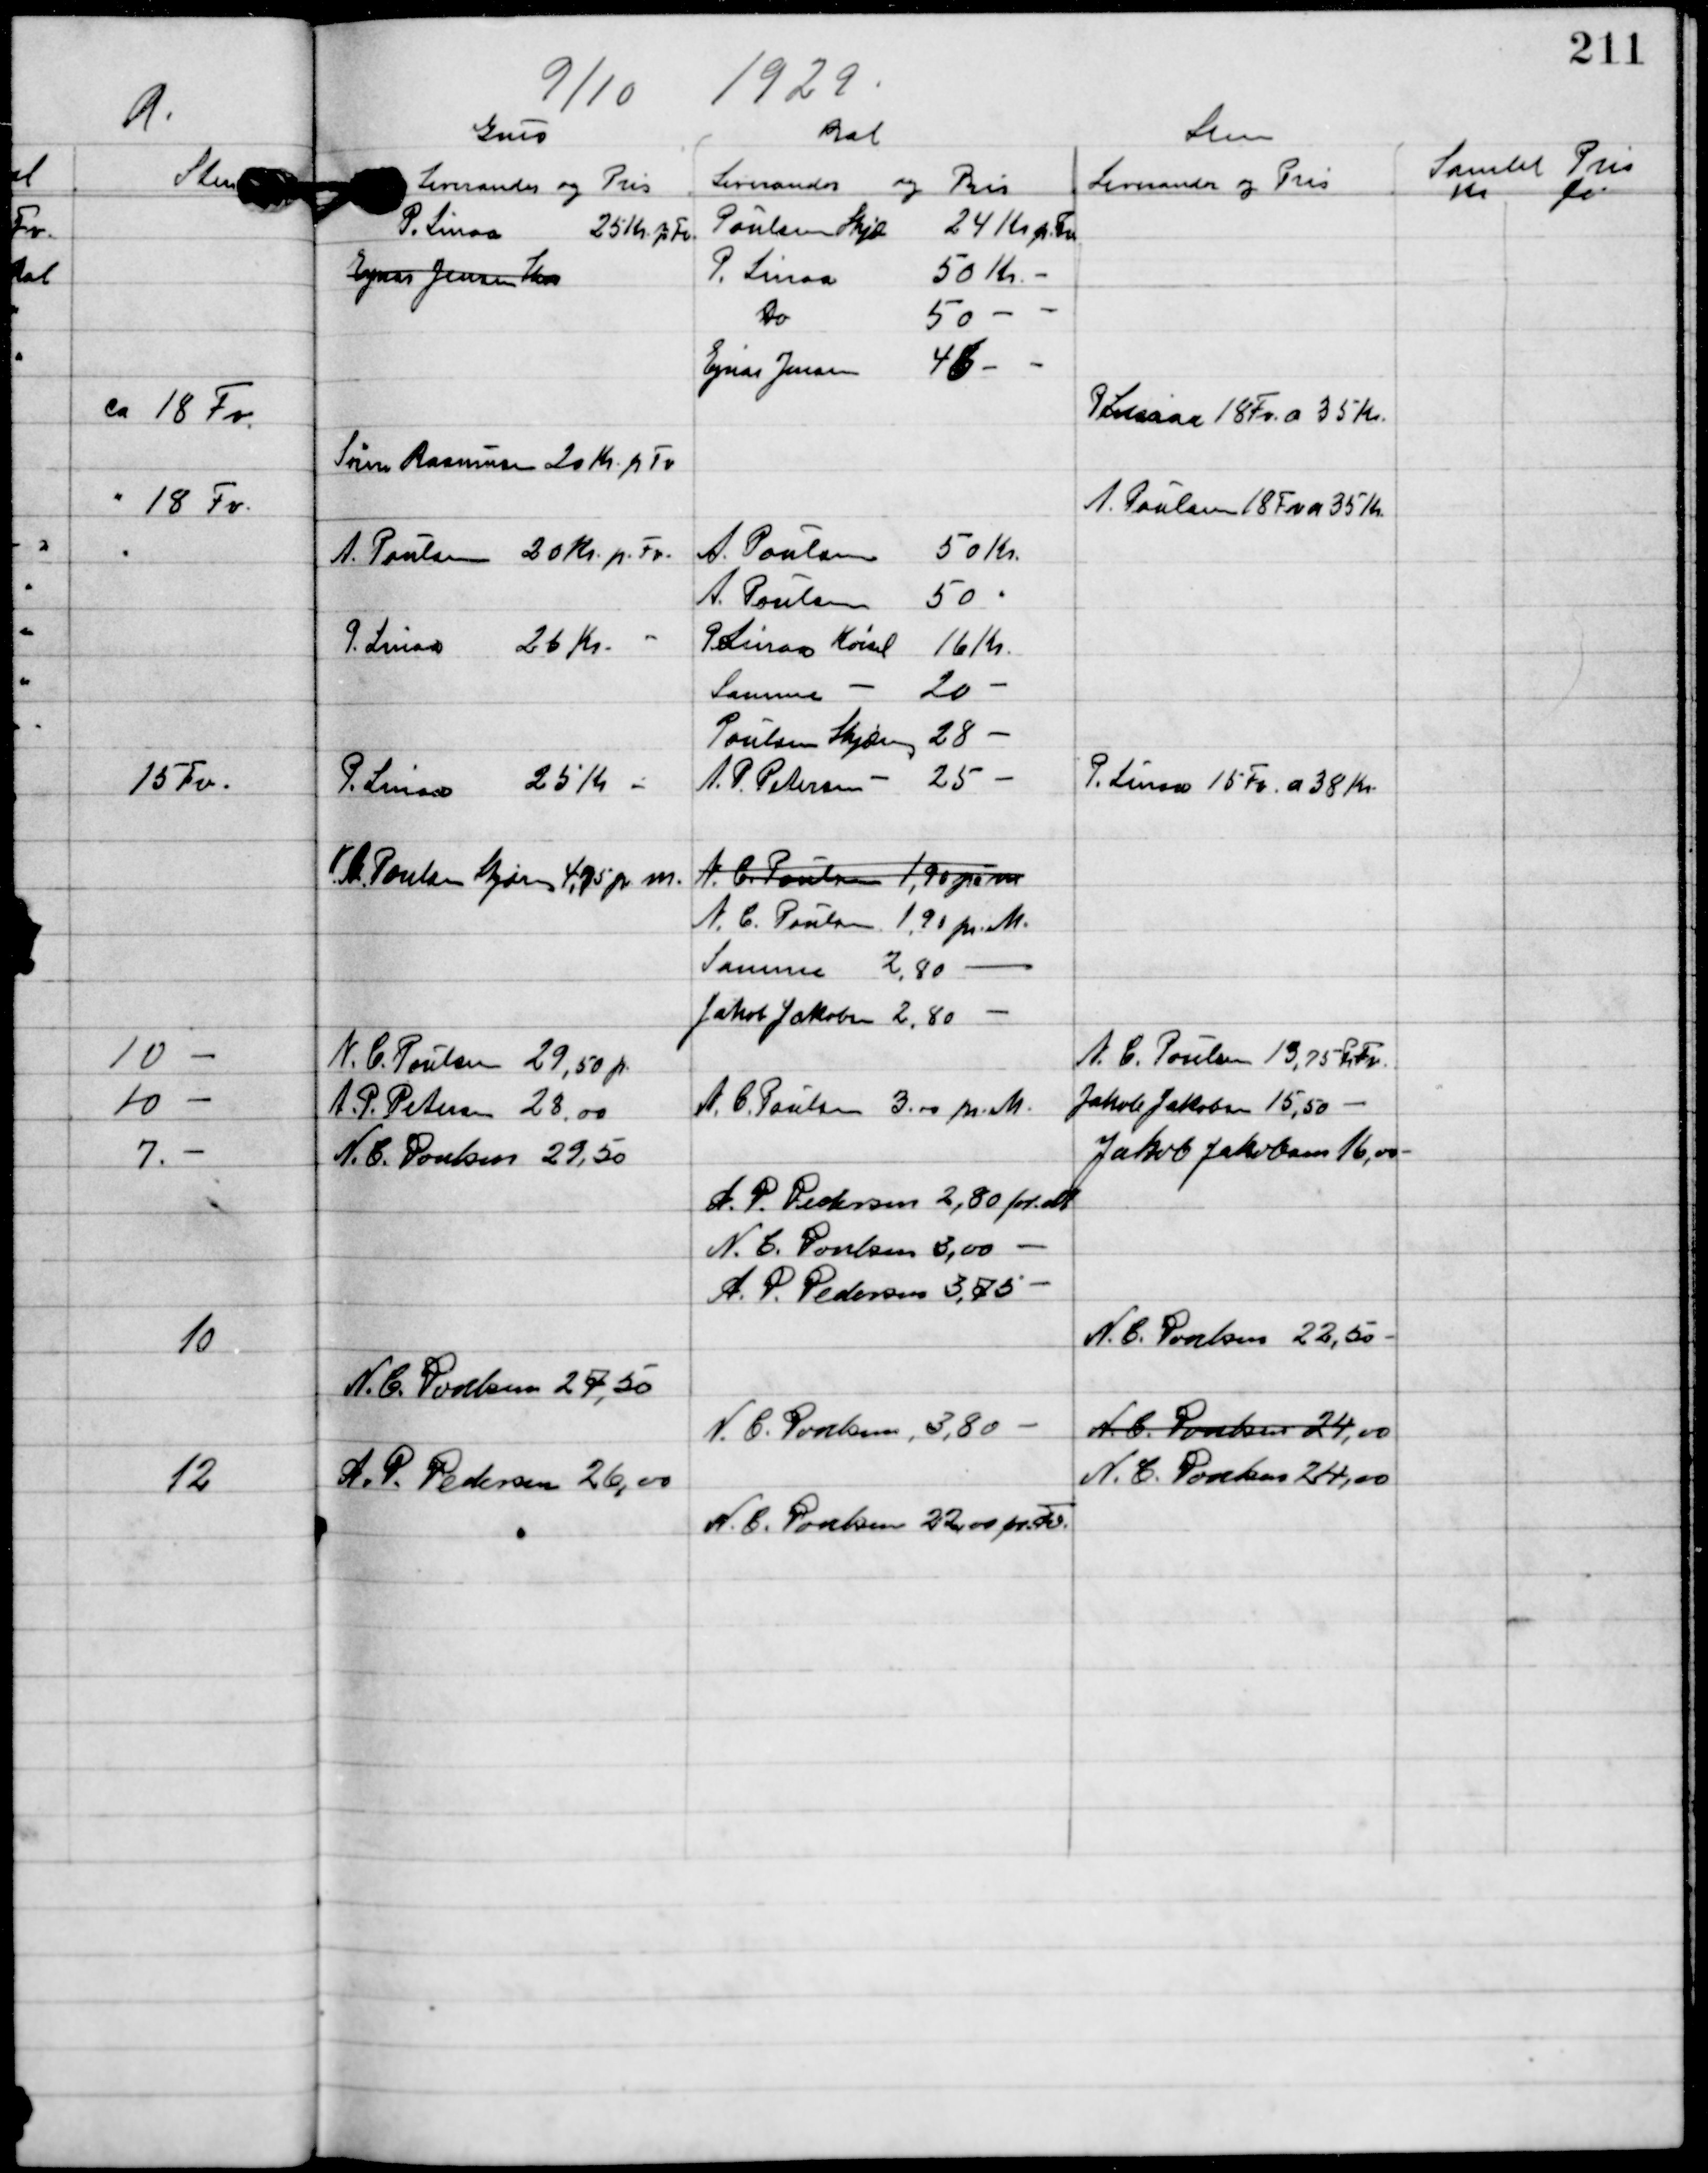
Transskription:
9/10 1929